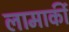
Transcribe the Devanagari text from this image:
लामार्की